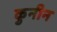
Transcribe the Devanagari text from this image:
कुनीन